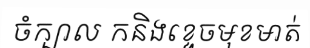
ចំក្បាល កនិងខ្ទេចមុខមាត់